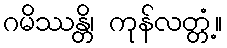
ဂမိဿန္တိ၊ ကုန်လတ္တံ့။